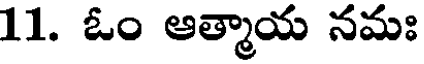
11. ఓం ఆత్మాయ నమః